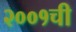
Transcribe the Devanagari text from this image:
२००१ची